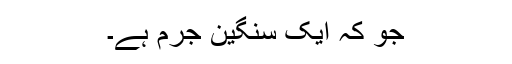
جو کہ ایک سنگین جرم ہے۔